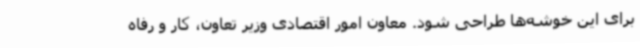
برای این خوشه‌ها طراحی شود. معاون امور اقتصادی وزیر تعاون، کار و رفاه